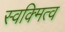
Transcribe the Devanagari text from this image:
स्वक्मित्व